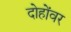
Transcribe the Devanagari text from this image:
दोहोंवर